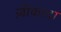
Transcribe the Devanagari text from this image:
ज़ीकादा